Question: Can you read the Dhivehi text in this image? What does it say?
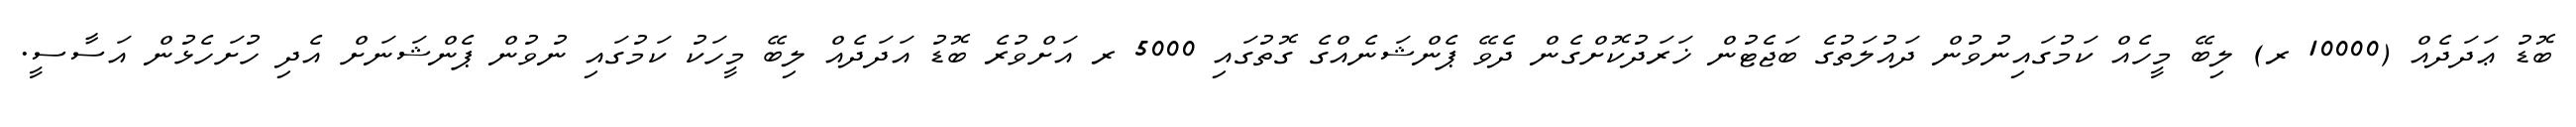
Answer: ބޮޑު ޢަދަދެއް (10000 ރ) ލިބޭ މީހެއް ކަމުގައިނުވުން ދައުލަތުގެ ބަޖެޓުން ޚަރަދުކޮށްގެން ދެވޭ ޕެންޝަނެއްގެ ގޮތުގައި 5000 ރ އަށްވުރެ ބޮޑު އަދަދެއް ލިބޭ މީހަކު ކަމުގައި ނުވުން ޕެންޝަނަށް އެދި ހުށަހެޅުން އަސާސީ.